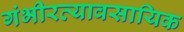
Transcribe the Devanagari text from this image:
गंभीरव्यावसायिक